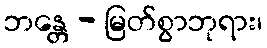
ဘန္တေ - မြတ်စွာဘုရား၊